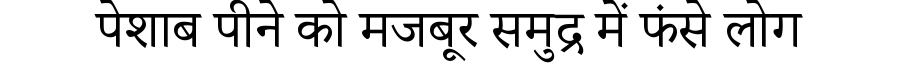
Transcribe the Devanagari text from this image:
पेशाब पीने को मजबूर समुद्र में फंसे लोग